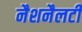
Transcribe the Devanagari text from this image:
नैशनैलटी